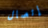
إتصال